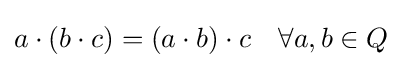
a\cdot (b\cdot c)=(a\cdot b)\cdot c\quad \forall a,b\in Q